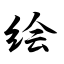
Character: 绘